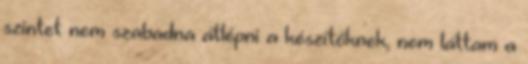
szintet nem szabadna átlépni a készítőknek, nem láttam a